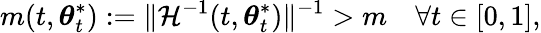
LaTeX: m(t,{\boldsymbol{\theta}}_{t}^{*}):=\lVert\mathcal{H}^{-1}(t,{\boldsymbol{\theta}}_{t}^{*})\rVert^{-1}>m\quad\forall t\in[0,1],